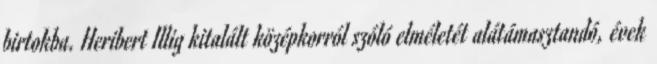
birtokba. Heribert Illig kitalált középkorról szóló elméletét alátámasztandó, évek